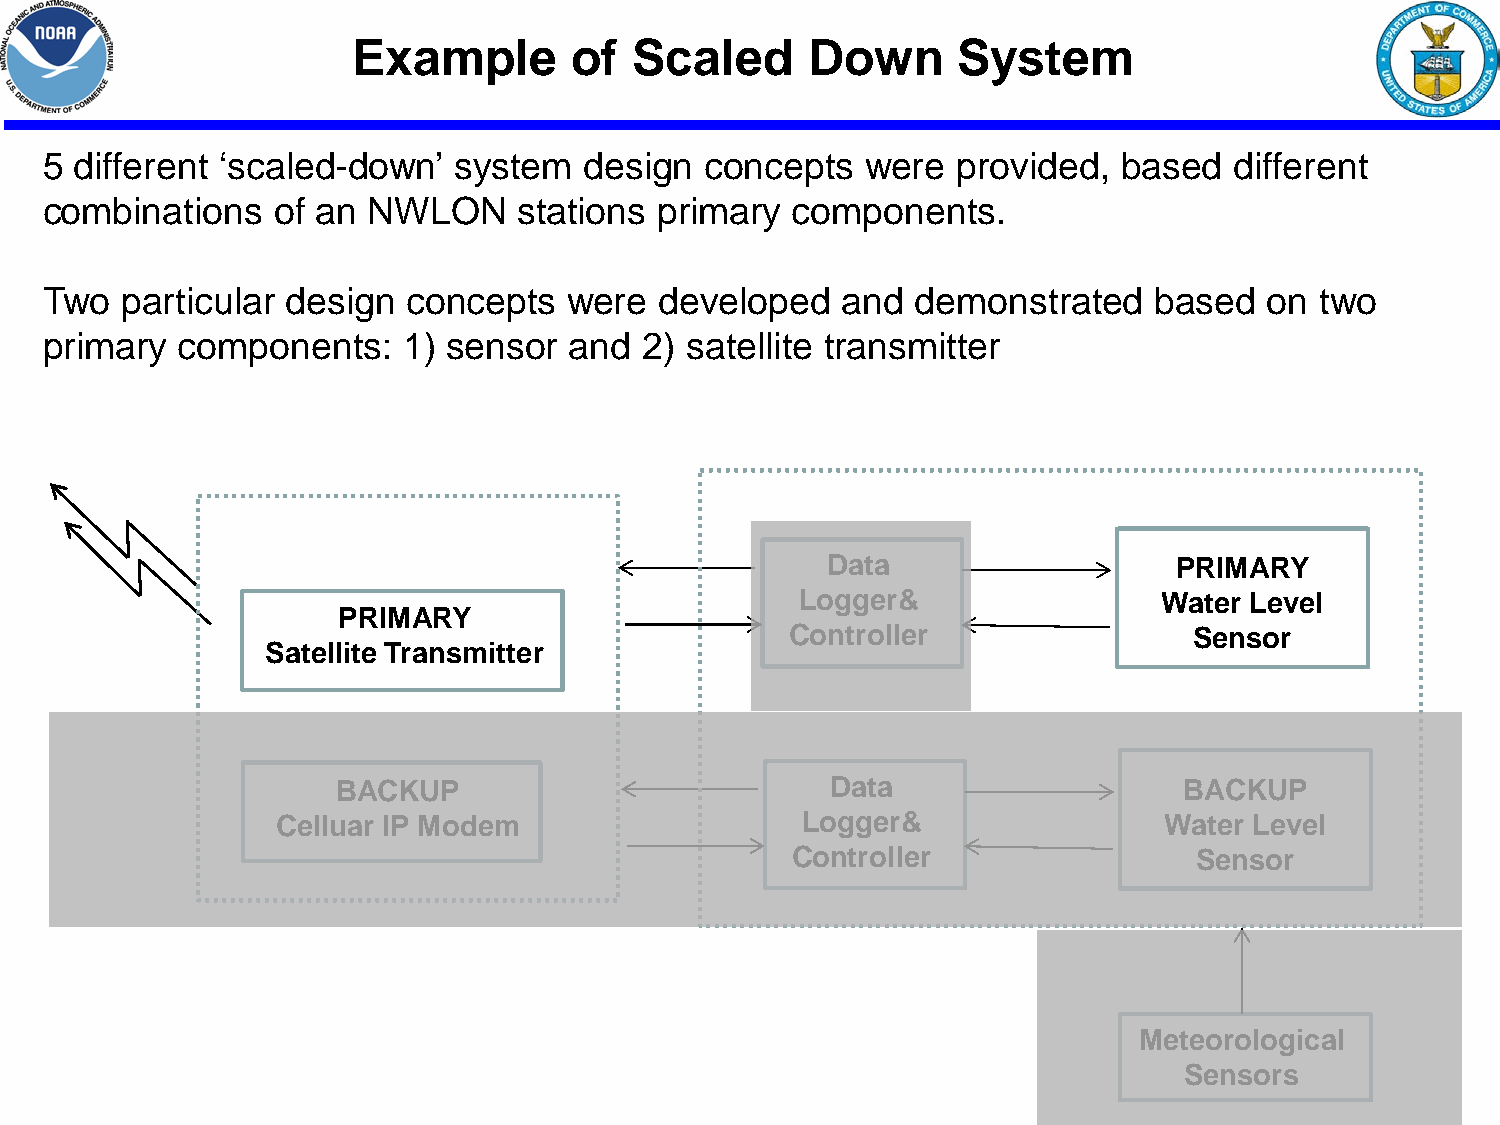
Example        of  Scaled     Down      System
 5 different ‘scaled-down’  system   design  concepts  were  provided,  based   different
 combinations   of an NWLON     stations primary  components.
 Two  particular design  concepts   were  developed   and  demonstrated   based   on two
 primary  components:    1) sensor  and  2) satellite transmitter
 Data                   PRIMARY
 Logger&                 Water Level
 PRIMARY
 Controller                 Sensor
 Satellite Transmitter
 BACKUP                           Data                   BACKUP
 Celluar IP Modem                   Logger&                 Water Level
 Controller                 Sensor
 Meteorological
 Sensors